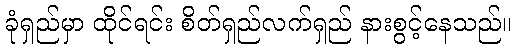
ခုံရှည်မှာ ထိုင်ရင်း စိတ်ရှည်လက်ရှည် နားစွင့်နေသည်။